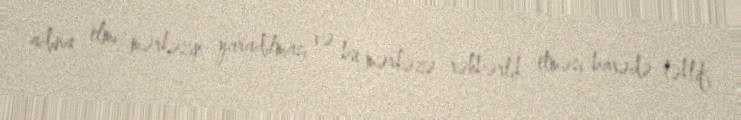
adına elmi mərkəzin yaradılması və bu mərkəzə rəhbərlik etməsi barədə təklif